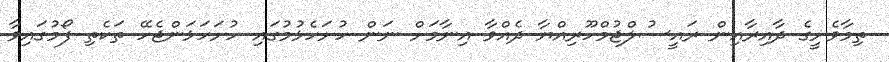
ތިމާވެށީގެ ދާއިރާއިން ރައީސުލްޖުމްހޫރިއްޔާ ދެއްވާ އިނާމަށް ނަން ހުށަހެޅުމުގައި ހުށަހަޅަންޖެހޭ ތަކެތި ފޯމުގައިވާ